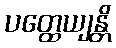
ပတ္ထေယျန္တိ